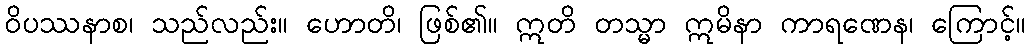
ဝိပဿနာစ၊ သည်လည်း။ ဟောတိ၊ ဖြစ်၏။ ဣတိ တသ္မာ ဣမိနာ ကာရဏေန၊ ကြောင့်။